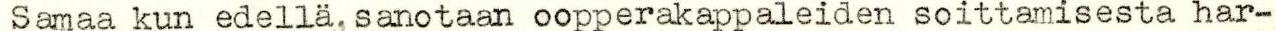
 Samaa kun edellä, sanotaan oopperakappaleiden soittamisesta har-